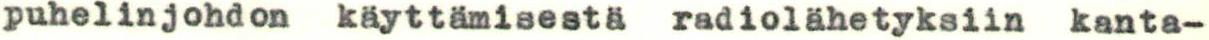
puhelinjohdon käyttämisestä radiolähetyksiin kanta-